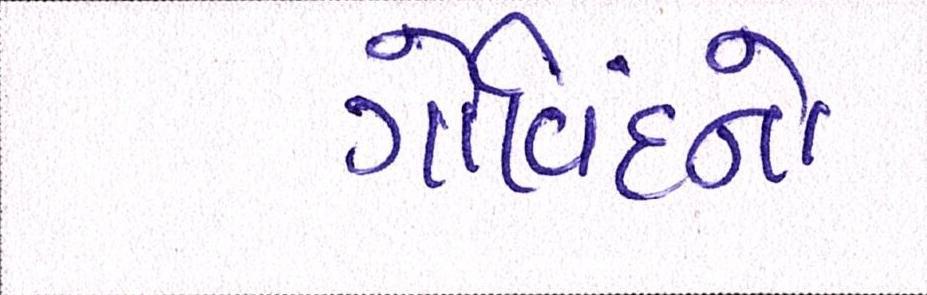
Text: ગોવિંદનો